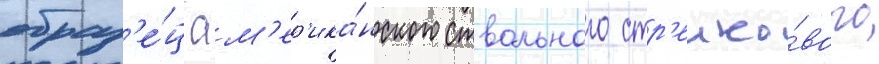
образ'е́ц ам'ер'ика́нского ствольного стр'елко́вого